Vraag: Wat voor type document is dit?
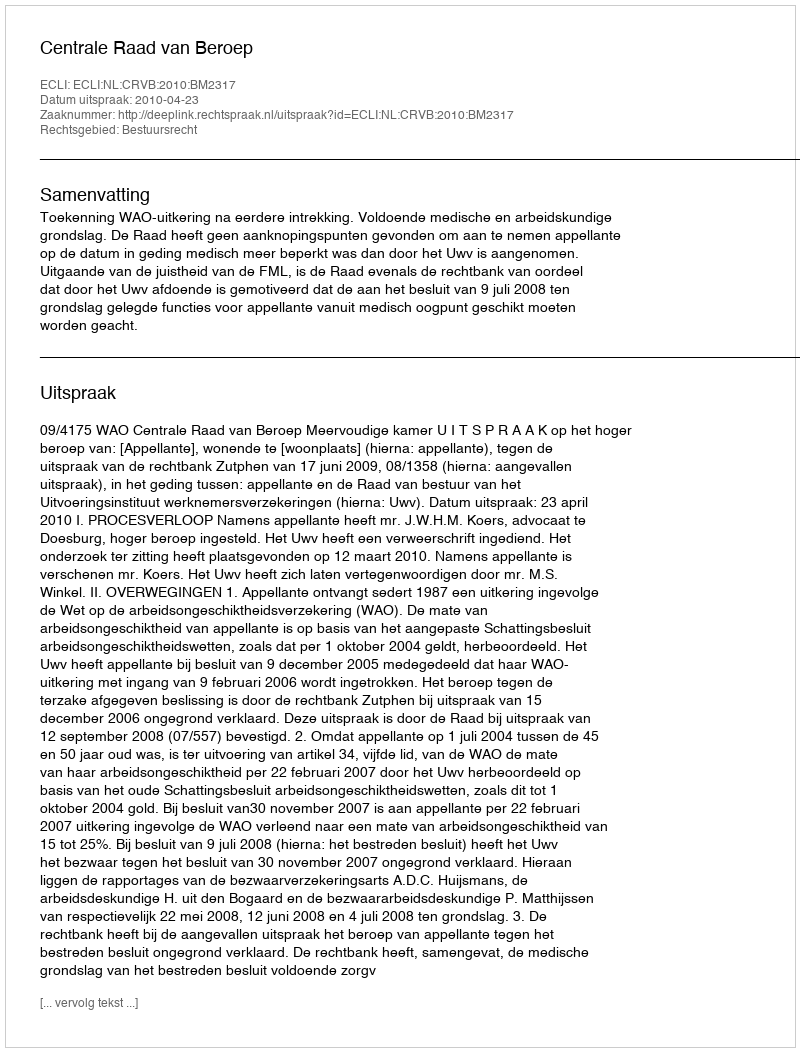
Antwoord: Uitspraak